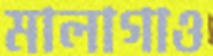
মালাগাও